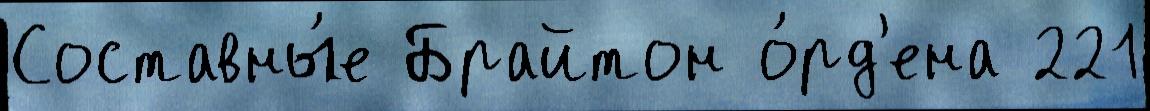
Составны́е Брайтон о́рд'ена 221